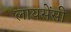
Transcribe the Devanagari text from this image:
लायसेंसी